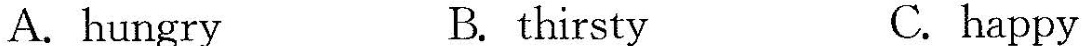
A. hungry B. thirsty C.happy